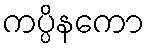
ကပ္ပိနကော